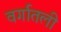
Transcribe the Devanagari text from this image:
वर्गातली